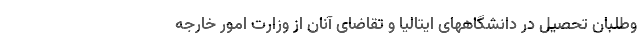
وطلبان تحصیل در دانشگاههای ایتالیا و تقاضای آنان از وزارت امور خارجه